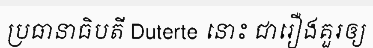
ប្រធានាធិបតី Duterte នោះ ជារឿងគួរឲ្យ